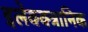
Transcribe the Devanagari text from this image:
इलेक्क्त्रानिक